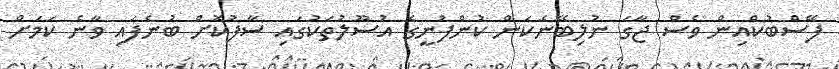
ފޭސްބުކްއިން ވެސް ޖާގަ ނުލިބޭނެކަން ކުންފުނީގެ އުސޫލުތަކުގައި ސާފުކޮށް ބުނެފައި ވާނެ ކަމަށް